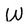
Character: W